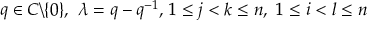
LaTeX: q \in C \backslash \{ 0 \} , \ \lambda = q - q ^ { - 1 } , \, 1 \leq j < k \leq n , \ 1 \leq i < l \leq n